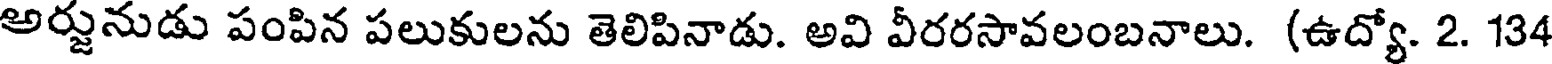
అర్జునుడు పంపిన పలుకులను తెలిపినాడు. అవి వీరరసావలంబనాలు. (ఉద్యో. 2. 134